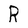
Character: R